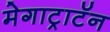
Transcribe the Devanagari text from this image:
मेगाट्राटॅन